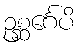
ဥစ္ဆင်္ဂေပိ